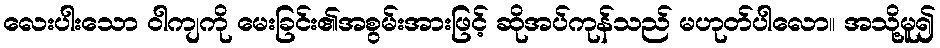
လေးပါးသော ဝါကျကို မေးခြင်း၏အစွမ်းအားဖြင့် ဆိုအပ်ကုန်သည် မဟုတ်ပါလော။ အသို့မူ၍